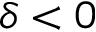
\delta < 0